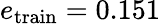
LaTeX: e_{\mathrm{train}}=0.151